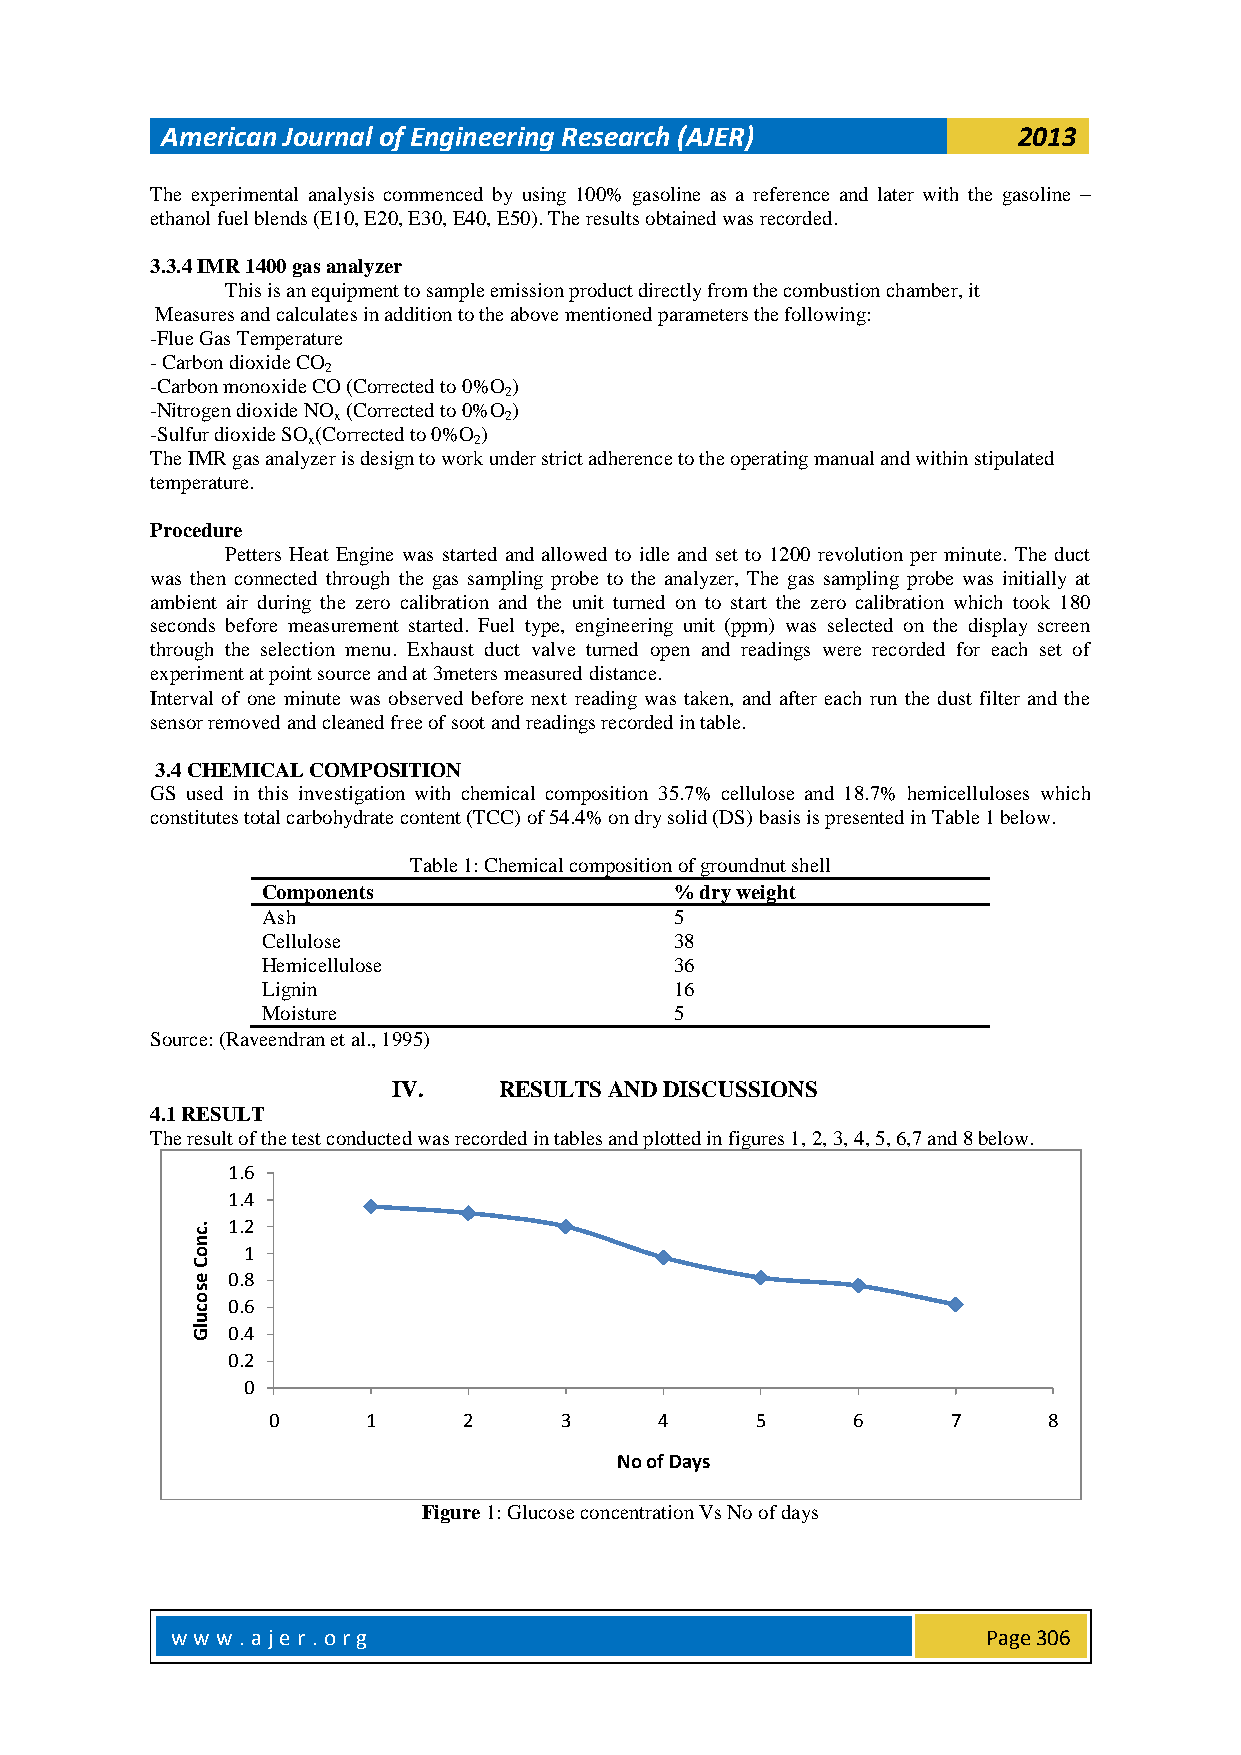
American Journal of Engineering Research (AJER)         2013
 The experimental analysis commenced by using 100% gasoline as a reference and later with the gasoline –
 ethanol fuel blends (E10, E20, E30, E40, E50). The results obtained was recorded.
 3.3.4 IMR 1400 gas analyzer
 This is an equipment to sample emission product directly from the combustion chamber, it
 Measures and calculates in addition to the above mentioned parameters the following:
 -Flue Gas Temperature
 - Carbon dioxide CO
 2
 -Carbon monoxide CO (Corrected to 0%O )
 2
 -Nitrogen dioxide NO (Corrected to 0%O )
 x          2
 -Sulfur dioxide SO (Corrected to 0%O )
 x          2
 The IMR gas analyzer is design to work under strict adherence to the operating manual and within stipulated
 temperature.
 Procedure
 Petters Heat Engine was started and allowed to idle and set to 1200 revolution per minute. The duct
 was then connected through the gas sampling probe to the analyzer, The gas sampling probe was initially at
 ambient air during the zero calibration and the unit turned on to start the zero calibration which took 180
 seconds before measurement started. Fuel type, engineering unit (ppm) was selected on the display screen
 through the selection menu. Exhaust duct valve turned open and readings were recorded for each set of
 experiment at point source and at 3meters measured distance.
 Interval of one minute was observed before next reading was taken, and after each run the dust filter and the
 sensor removed and cleaned free of soot and readings recorded in table.
 3.4 CHEMICAL COMPOSITION
 GS used in this investigation with chemical composition 35.7% cellulose and 18.7% hemicelluloses which
 constitutes total carbohydrate content (TCC) of 54.4% on dry solid (DS) basis is presented in Table 1 below.
 Table 1: Chemical composition of groundnut shell
 Components                  % dry weight
 Ash                         5
 Cellulose                   38
 Hemicellulose               36
 Lignin                      16
 Moisture                    5
 Source: (Raveendran et al., 1995)
 IV.    RESULTS AND DISCUSSIONS
 4.1 RESULT
 The result of the test conducted was recorded in tables and plotted in figures 1, 2, 3, 4, 5, 6,7 and 8 below.
 1.6
 1.4
 .c 1.2
 n
 o  1
 C
 e 0.8
 s
 o
 c 0.6
 u
 lG 0.4
 0.2
 0
 0     1      2     3      4     5     6      7     8
 No of Days
 Figure 1: Glucose concentration Vs No of days
 w w w .aje r. o rg                                    Page 306